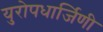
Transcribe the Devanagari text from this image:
युरोपधार्जिणी